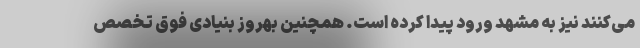
می‌کنند نیز به مشهد ورود پیدا کرده است. همچنین بهروز بنیادی فوق تخصص